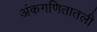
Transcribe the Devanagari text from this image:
अंकगणितातली